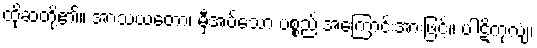
ထိုဆံတို့၏။ အာသယတော၊ မှီအပ်သော ပစ္စည်းအကြောင်းအားဖြင့်။ ပါဋိကုလျံ၊